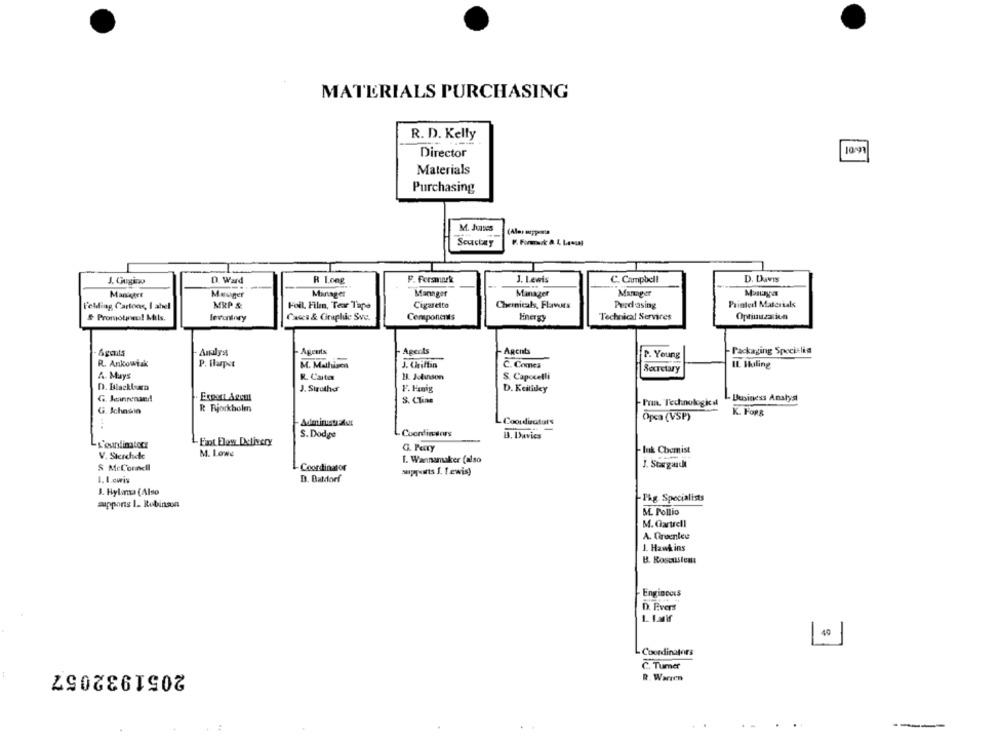
MATERIALS PURCHASING
R. D. Kelly
Director
Materials
Purchasing
M. Juives
(Alos oppe wie
Seuctay
J. Gugino
D. Ward
R Long
F. Persmark
J. Lewis
C. Campbell
D. Davis
Manager
Mauger
Manager
Marnger
Manager
Manager
MRP &
Foil. Filmn, Tear Tape
Cigaretto
Chemicals, Flavors
Pred asing
Printed Materials
Felding Cartons, I abel
& Promoting! Mils.
levontory
Casca & Graphic Sve.
Components
Technical Services
Optinuzatien
Agents
Aply's
Agents
- Agents
Agent
P. Young
Packaging Specielia
R. Ankowiak
P. flapst
J. Viriffin
IL Huling
M. Mathisca
C. Comes
Secretary
A. Mays
R. Carter
1. Julinson
S. Capocelli
D. Blackbean
J. Siother
F. Panig
D. Keitiley
G. Jeanrensed
S. Clas
Pran. Technologies
Business Analyst
R Ryjorkholm
G. Ichasia
K. FOR&
L Coordinators
Opca (VSP)
S. Dodge
Coordinsors
3. Davies
Fint Flow Delivery
M. Lowe
G. Perry
luk Chemist
V. Sterchde
T. Wannamaker (also
S Mel'ornell
Coordinator
J. Stagauch
1. I.cwis
D. Batdorf
1. Hylansa (Also
-Thg. Specialists
appons 1. Robinson
M. Pollio
M. Gartrell
A. Greenlee
J. Hawkins
B. Roseustea:
Engincoss
D. Evers
40
Coordinators
2051932057
C. Tumer
R. Warren
---